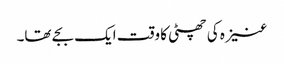
عنیزہ کی چھٹی کا وقت ایک بجے تھا۔